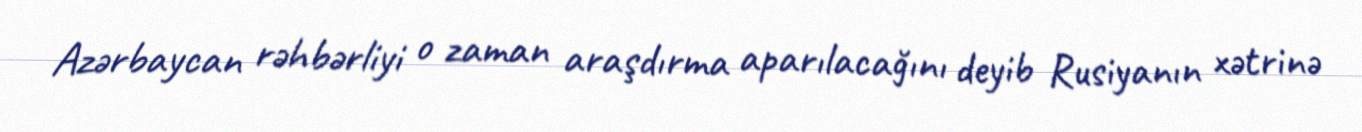
Azərbaycan rəhbərliyi o zaman araşdırma aparılacağını deyib Rusiyanın xətrinə